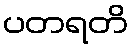
ပတရတိ